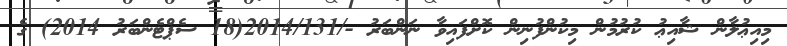
މިއިޢުލާން ޝާއިޢު ކުރުމުން މިކުންފުނިން ކޮށްފައިވާ ނަންބަރު -/2014/131(18 ސެޕްޓެންބަރު 2014) ގެ